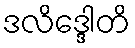
ဒလိဒ္ဒေါတိ